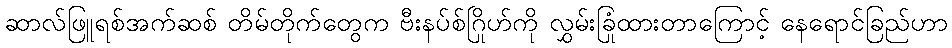
ဆာလ်ဖြူရစ်အက်ဆစ် တိမ်တိုက်တွေက ဗီးနပ်စ်ဂြိုဟ်ကို လွှမ်းခြုံထားတာကြောင့် နေရောင်ခြည်ဟာ